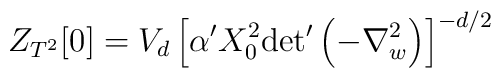
Z_{T^2} [0] = V_d\left[ \alpha' X_0^2{\det}'   \left(-\nabla_w^2\right) \right]^{-d/2}